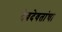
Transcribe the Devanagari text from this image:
देवदेवतांचा